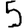
Digit: 5